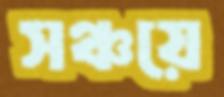
সঞ্চয়ে